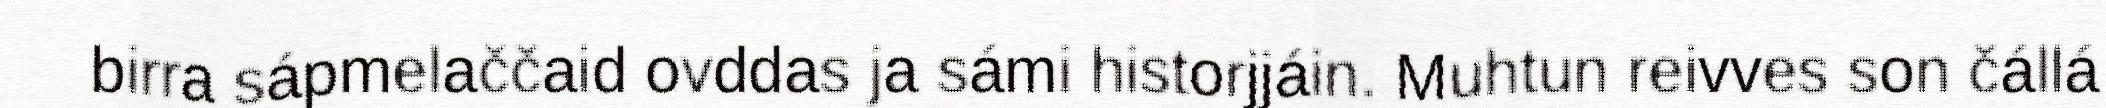
birra sápmelaččaid ovddas ja sámi historjjáin. Muhtun reivves son čállá